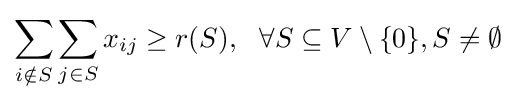
\sum _{i\notin S}\sum _{j\in S}x_{ij}\geq r(S),~~\forall S\subseteq V\setminus \{0\},S\neq \emptyset